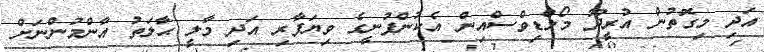
އަދި މިގޮތުން އުރީދޫ މޯލްޑިވްސްއިން އެކުންފުނީގެ ވިޔަފާރި އަދި މާލީ ޙާލަތު އާންމުންނަށް